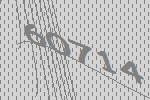
60714